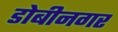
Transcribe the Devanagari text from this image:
डोबीनगर